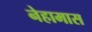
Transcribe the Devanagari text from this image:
नेहामास